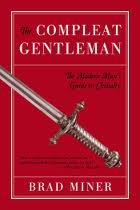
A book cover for The Compleat Gentleman; Brad Miner; Health, Fitness & Dieting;